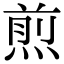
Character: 煎